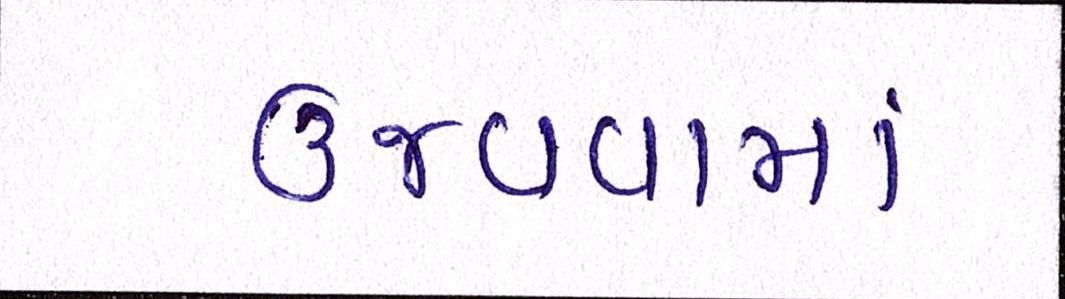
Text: ઉજવવામાં